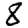
Digit: 8